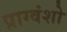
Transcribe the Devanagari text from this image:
प्राग्वंशो